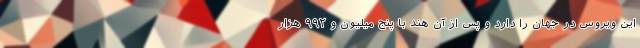
این ویروس در جهان را دارد و پس از آن هند با پنج میلیون و ۹۹۲ هزار